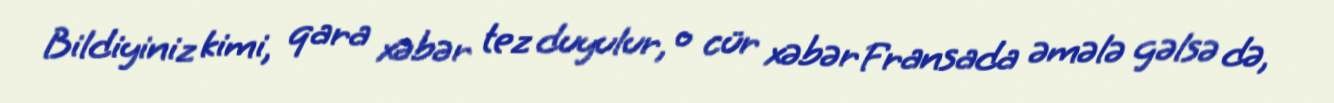
Bildiyiniz kimi, qara xəbər tez duyulur, o cür xəbər Fransada əmələ gəlsə də,